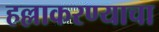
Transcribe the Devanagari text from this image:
हल्लाकरण्याचा